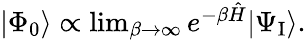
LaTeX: \begin{array}{r}{|\Phi_{0}\rangle\propto\operatorname*{lim}_{\beta\to\infty}e^{-\beta\hat{H}}|\Psi_{\mathrm{I}}\rangle.}\end{array}